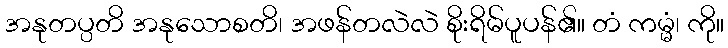
အနုတပ္ပတိ အနုသောစတိ၊ အဖန်တလဲလဲ စိုးရိမ်ပူပန်၏။ တံ ကမ္မံ၊ ကို။